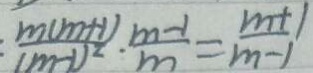
: \frac { m ( m + 1 ) } { ( m - 1 ) ^ { 2 } } \cdot \frac { m - 1 } { m } = \frac { m + 1 } { m - 1 }